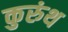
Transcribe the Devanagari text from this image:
कुरुंथ